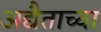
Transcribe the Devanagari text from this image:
अद्यैताच्या